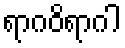
ရာဂဝိရာဂါ